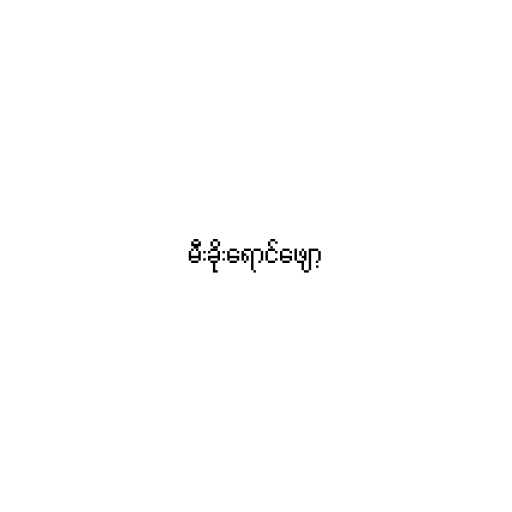
မီးခိုးရောင်ဖျော့